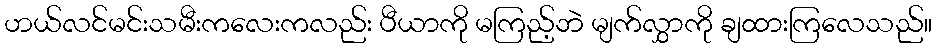
ဟယ်လင်မင်းသမီးကလေးကလည်း ပီယာကို မကြည့်ဘဲ မျက်လွှာကို ချထားကြလေသည်။